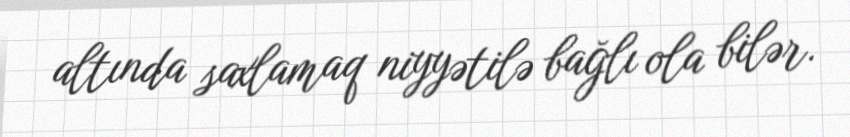
altında saxlamaq niyyətilə bağlı ola bilər.